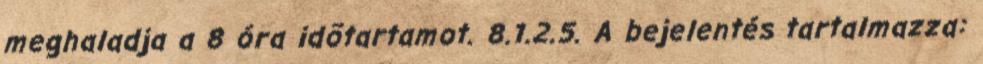
meghaladja a 8 óra idõtartamot. 8.1.2.5. A bejelentés tartalmazza: